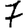
Digit: 7